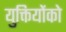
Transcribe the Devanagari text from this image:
युक्तियोंको